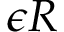
\epsilon R